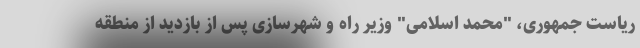
ریاست جمهوری، "محمد اسلامی" وزیر راه و شهرسازی پس از بازدید از منطقه